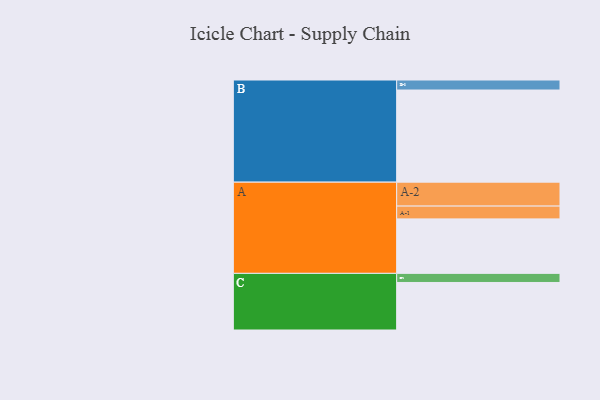
{"axis": {"x": "Segment", "y": "Value"}, "legend": ["", "A", "B", "C"], "data": [{"x": "A", "y": 353, "type": ""}, {"x": "B", "y": 597, "type": ""}, {"x": "C", "y": 308, "type": ""}, {"x": "A-1", "y": 83, "type": "A"}, {"x": "A-2", "y": 155, "type": "A"}, {"x": "B-1", "y": 65, "type": "B"}, {"x": "C-1", "y": 59, "type": "C"}]}